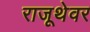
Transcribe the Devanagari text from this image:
राजूथेवर